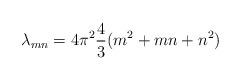
LaTeX: \begin{align*}\lambda_{mn} = 4\pi^2 {4\over 3} (m^2 + mn + n^2)\end{align*}